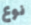
نوع